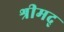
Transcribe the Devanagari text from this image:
श्रीमद्‍